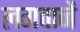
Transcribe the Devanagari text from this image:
लगवानें